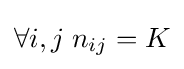
\forall i,j\;n_{ij}=K